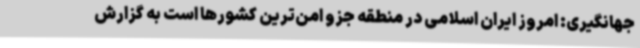
جهانگیری: امروز ایران اسلامی در منطقه جزو امن‌ترین کشورها است به گزارش